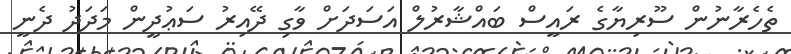
ތެހެރާނުން ސޫރިޔާގެ ރައީސް ބައްޝާރުލް އަސަދަށް ވާގި ދޭއިރު ސަޢުދީން މަދަދު ދެނީ